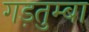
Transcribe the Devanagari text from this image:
गड़तुम्बा